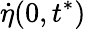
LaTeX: \dot{\eta}(0,t^{*})